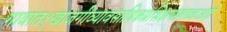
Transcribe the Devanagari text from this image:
गावात१खाजगीव्यावसायिकप्रशिक्षणशाळाआहे